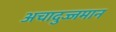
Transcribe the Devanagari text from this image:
अचादुज्जमान